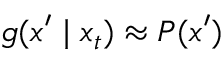
g ( x ^ { \prime } \mid x _ { t } ) \approx P ( x ^ { \prime } )